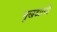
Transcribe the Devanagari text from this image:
मुखड्याची